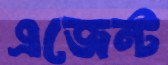
এজেন্ট